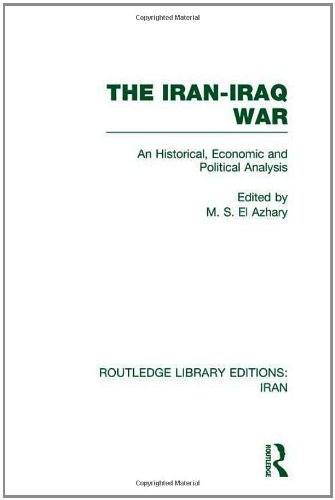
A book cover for The Iran-Iraq War (RLE Iran A); M. S. EL-Azhary; History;